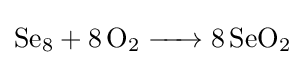
{\ce {Se8 + 8 O2 -> 8 SeO2}}